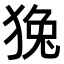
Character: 𤟛